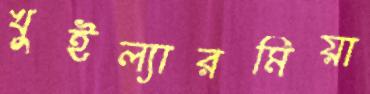
খুইল্যারমিয়া